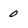
Character: 0